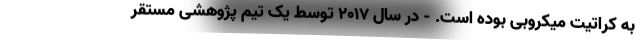
به کراتیت میکروبی بوده است. - در سال 2017 توسط یک تیم پژوهشی مستقر